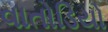
વાતોડિયો